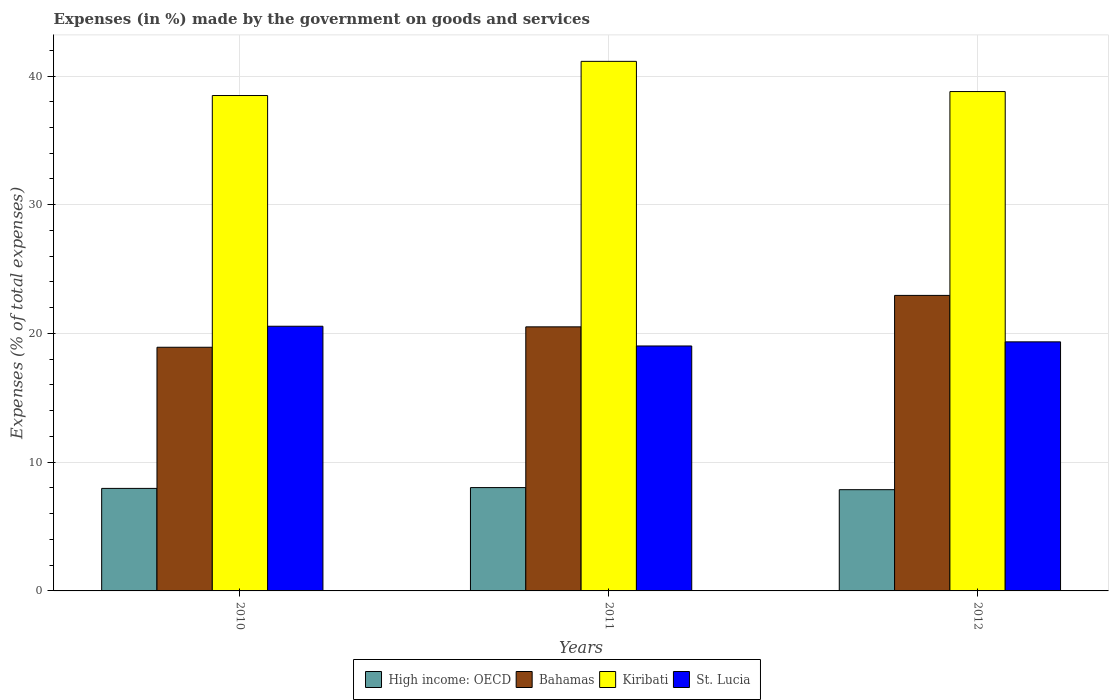
| Years | High income: OECD | Bahamas | Kiribati | St. Lucia |
 | --- | --- | --- | --- | --- |
 | 2010 | 7.96 | 18.9 | 38.5 | 20.6 |
 | 2011 | 8.03 | 20.5 | 41.1 | 19 |
 | 2012 | 7.86 | 23 | 38.8 | 19.3 |